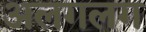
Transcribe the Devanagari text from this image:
अलगलग